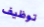
توظيف